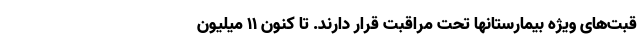
قبت‌های ویژه بیمارستانها تحت مراقبت قرار دارند. تا کنون ۱۱ میلیون